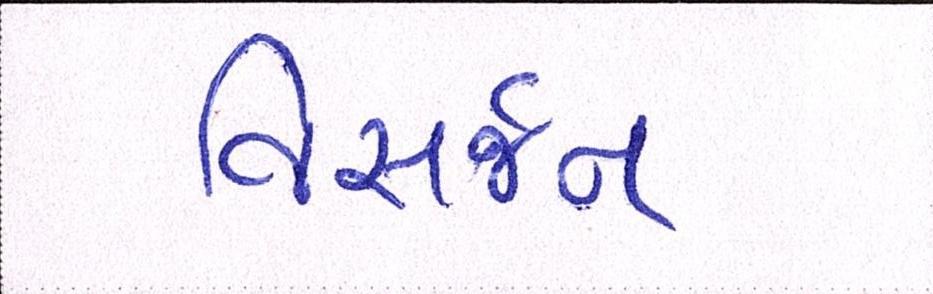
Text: વિસર્જન